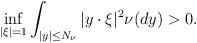
LaTeX: \begin{align*} \inf_{|\xi|=1}\int_{|y|\leq N_\nu }|y\cdot\xi|^2\nu(dy) >0.\end{align*}